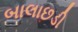
બાલાછડી